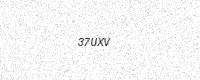
Text: 37UXV